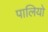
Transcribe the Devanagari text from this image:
पालियो